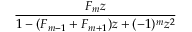
\frac { F _ { m } z } { 1 - ( F _ { m - 1 } + F _ { m + 1 } ) z + ( - 1 ) ^ { m } z ^ { 2 } }